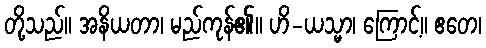
တို့သည်။ အနိယတာ၊ မည်ကုန်၏။ ဟိ-ယသ္မာ၊ ကြောင့်။ ဧတေ၊